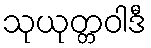
သုယုတ္တဝါဒီ